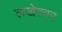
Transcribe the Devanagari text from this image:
लखेश्वर